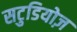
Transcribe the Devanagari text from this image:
सटुडियोज़